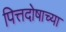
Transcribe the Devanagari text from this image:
पित्तदोषाच्या